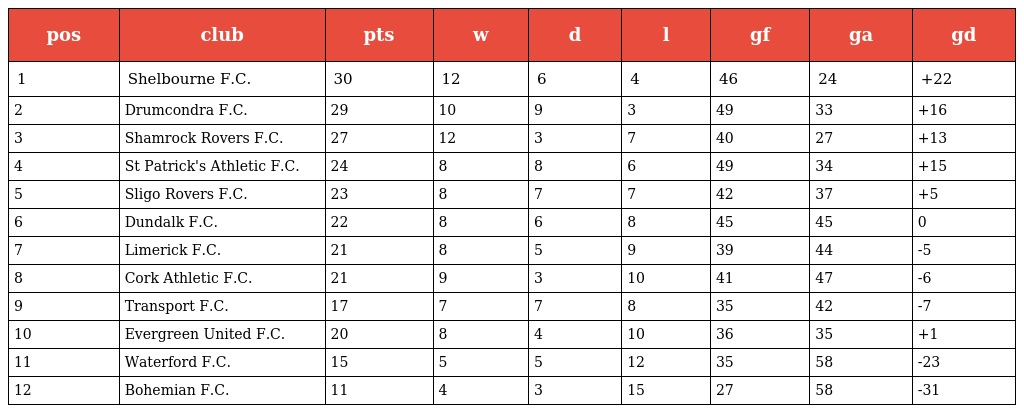
| pos | club | pts | w | d | l | gf | ga | gd |
 | --- | --- | --- | --- | --- | --- | --- | --- | --- |
 | 1 | Shelbourne F.C. | 30 | 12 | 6 | 4 | 46 | 24 | +22 |
 | 2 | Drumcondra F.C. | 29 | 10 | 9 | 3 | 49 | 33 | +16 |
 | 3 | Shamrock Rovers F.C. | 27 | 12 | 3 | 7 | 40 | 27 | +13 |
 | 4 | St Patrick's Athletic F.C. | 24 | 8 | 8 | 6 | 49 | 34 | +15 |
 | 5 | Sligo Rovers F.C. | 23 | 8 | 7 | 7 | 42 | 37 | +5 |
 | 6 | Dundalk F.C. | 22 | 8 | 6 | 8 | 45 | 45 | 0 |
 | 7 | Limerick F.C. | 21 | 8 | 5 | 9 | 39 | 44 | -5 |
 | 8 | Cork Athletic F.C. | 21 | 9 | 3 | 10 | 41 | 47 | -6 |
 | 9 | Transport F.C. | 17 | 7 | 7 | 8 | 35 | 42 | -7 |
 | 10 | Evergreen United F.C. | 20 | 8 | 4 | 10 | 36 | 35 | +1 |
 | 11 | Waterford F.C. | 15 | 5 | 5 | 12 | 35 | 58 | -23 |
 | 12 | Bohemian F.C. | 11 | 4 | 3 | 15 | 27 | 58 | -31 |